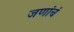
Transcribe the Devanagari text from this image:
जणांचं